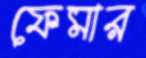
ফেমার